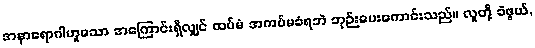
အနာရောဂါဟူသော အကြောင်းရှိလျှင် ထပ်မံ အကပ်မခံရဘဲ ဘုဉ်းပေးကောင်းသည်။ လူတို့ ခဲဖွယ်,